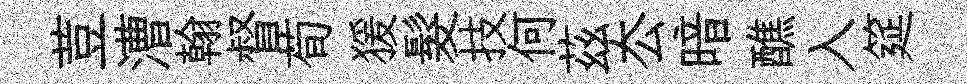
荳漕翰督荀猨髮技何茲厺暗醮入筵